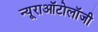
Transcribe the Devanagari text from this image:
न्यूराऑटोलॉजी